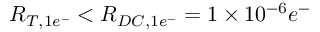
R _ { T , 1 e ^ { - } } < R _ { D C , 1 e ^ { - } } = 1 \times 1 0 ^ { - 6 } e ^ { - }